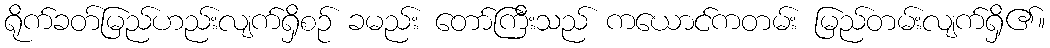
ရိုက်ခတ်မြည်ဟည်းလျက်ရှိစဉ် ခမည်း တော်ကြီးသည် ကယောင်ကတမ်း မြည်တမ်းလျက်ရှိ၏။